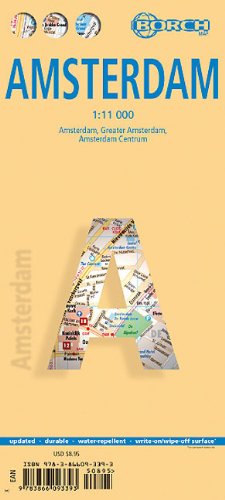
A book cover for Laminated Amsterdam Map by Borch (English Edition); Borch Maps; Travel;